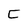
Character: C